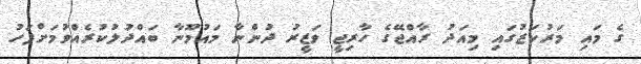
ގެ މައި މަރުކަޒުގައި މިއަދު ރާއްޖޭގެ ހާރިޖީ ވަޒީރު ދުންނާ މައުމޫނާ ބައްދަުލުކުރެއްވުމަށްފަހު